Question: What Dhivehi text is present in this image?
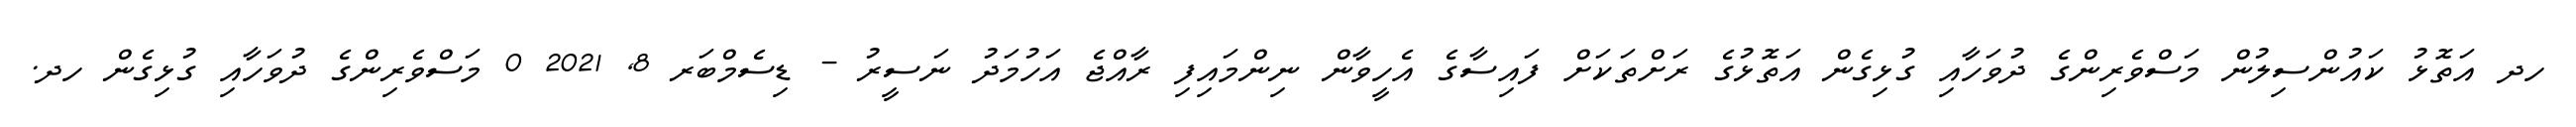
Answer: ހދ އަތޮޅު ކައުންސިލުން މަސްވެރިންގެ ދުވަހާއި ގުޅިގެން އަތޮޅުގެ ރަށްތަކަށް ފައިސާގެ އެހީވާން ނިންމައިފި ރާއްޖެ އަހުމަދު ނަސީރު - ޑިސެމްބަރ 8, 2021 0 މަސްވެރިންގެ ދުވަހާއި ގުޅިގެން ހދ.